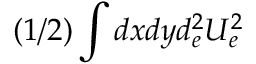
( 1 / 2 ) \int d x d y d _ { e } ^ { 2 } U _ { e } ^ { 2 }